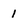
Character: 1